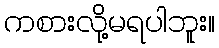
ကစားလို့မရပါဘူး။